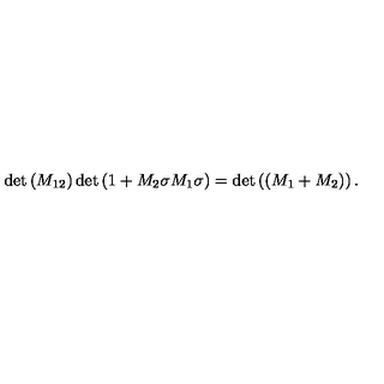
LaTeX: \det \left( M _ { 1 2 } \right) \det \left( 1 + M _ { 2 } \sigma M _ { 1 } \sigma \right) = \det \left( \left( M _ { 1 } + M _ { 2 } \right) \right) .